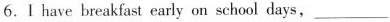
6.Ⅰ have breakfast early on school days, ___